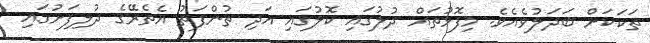
ތަކަކަށް ބަދަލުވެއެވެ. މިފޮޅުތައް ދުލުގައި ކޮލުގައި އަދި ތުންފަތު އެތެރޭގެ ދުލިފަށުގައި